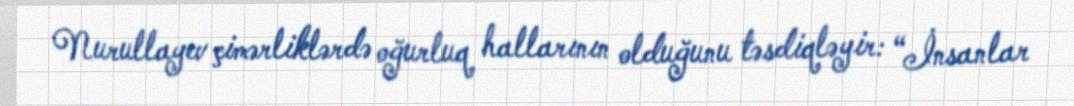
Nurullayev çimərliklərdə oğurluq hallarının olduğunu təsdiqləyir: “İnsanlar